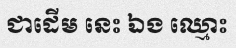
ជាដើម នេះ ឯង ឈ្មោះ